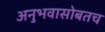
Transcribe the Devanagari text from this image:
अनुभवासोबतच